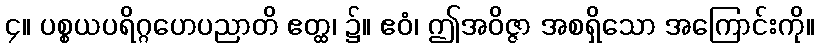
၄။ ပစ္စယပရိဂ္ဂဟေပညာတိ ဧတ္ထ၊ ၌။ ဧဝံ၊ ဤအဝိဇ္ဇာ အစရှိသော အကြောင်းကို။